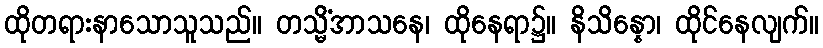
ထိုတရားနာသောသူသည်။ တသ္မိံအာသနေ၊ ထိုနေရာ၌။ နိသိန္နော၊ ထိုင်နေလျက်။